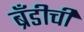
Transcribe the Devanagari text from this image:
ब्रँडीची